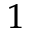
^ { 1 }